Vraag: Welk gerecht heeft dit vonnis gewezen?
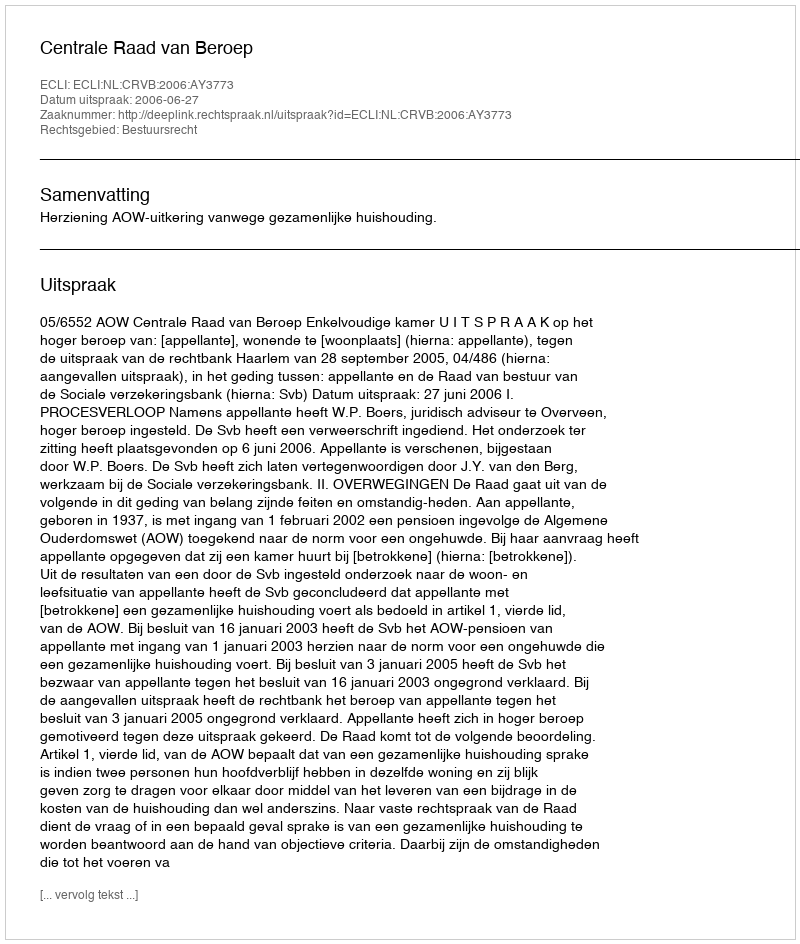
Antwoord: Centrale Raad van Beroep